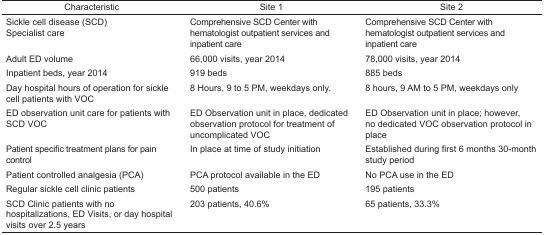
| Characteristic | Site 1 | Site 2 |
 | --- | --- | --- |
 | Sickle cell disease (SCD) Specialist care | Comprehensive SCD Center with hematologist outpatient services and inpatient care | Comprehensive SCD Center with hematologist outpatient services and inpatient care |
 | Adult ED volume | 66,000 visits, year 2014 | 78,000 visits, year 2014 |
 | Inpatient beds, year 2014 | 919 beds | 885 beds |
 | Day hospital hours of operation for sickle cell patients with VOC | 8 Hours, 9 to 5 PM, weekdays only. | 8 hours, 9 AM to 5 PM, weekdays only |
 | ED observation unit care for patients with SCD VOC | ED Observation unit in place, dedicated observation protocol for treatment of uncomplicated VOC | ED Observation unit in place; however, no dedicated VOC observation protocol in place |
 | Patient specific treatment plans for pain control | In place at time of study initiation | Established during first 6 months 30-month study period |
 | Patient controlled analgesia (PCA) | PCA protocol available in the ED | No PCA use in the ED |
 | Regular sickle cell clinic patients | 500 patients | 195 patients |
 | SCD Clinic patients with no hospitalizations, ED Visits, or day hospital visits over 2.5 years | 203 patients, 40.6% | 65 patients, 33.3% |